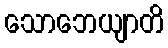
သောဘေယျာတိ